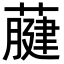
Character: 𦽇